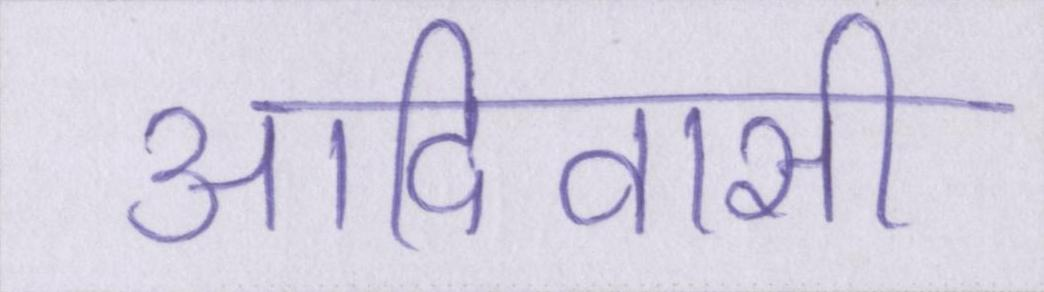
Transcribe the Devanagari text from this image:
आदिवासी